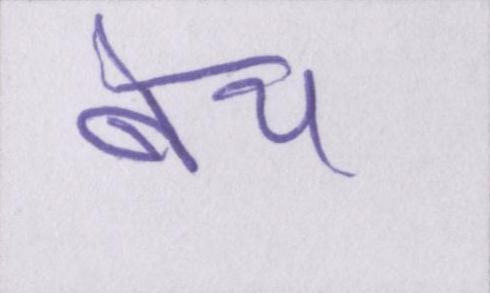
बेच